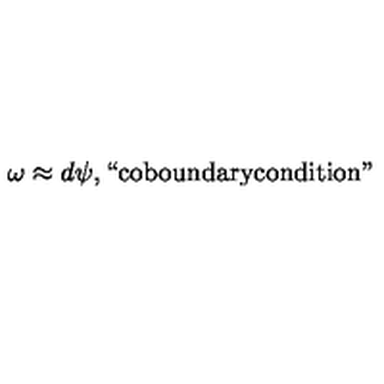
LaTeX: \omega \approx d \psi , \mathrm { ` ` c o b o u n d a r y c o n d i t i o n " }